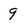
Character: 9